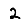
Digit: 2